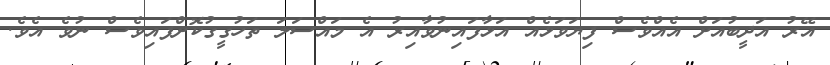
އޭރު އަދީބުއަށް އެއްވެސް ފިޔަވަޅެއް އަޅާފައިނުވާއިރު އެ މައްސަލަ ތަހުގީގުކޮށްފައިވެސް ނުވެ އެވެ.